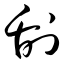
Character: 刮